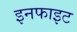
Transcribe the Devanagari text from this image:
इनफाइट